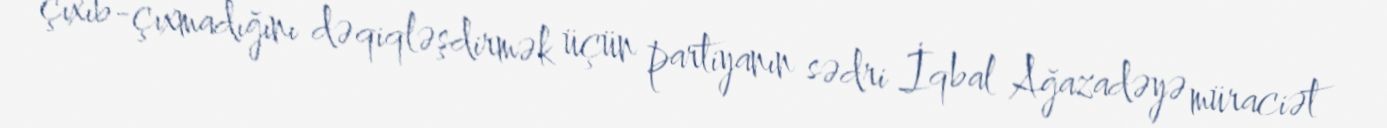
çıxıb-çıxmadığını dəqiqləşdirmək üçün partiyanın sədri İqbal Ağazadəyə müraciət